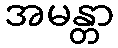
အမန္တာ